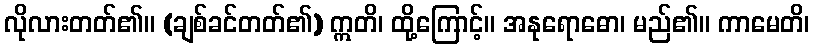
လိုလားတတ်၏။ (ချစ်ခင်တတ်၏) ဣတိ၊ ထို့ကြောင့်။ အနုရောဓော၊ မည်၏။ ကာမေတိ၊